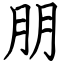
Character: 朋